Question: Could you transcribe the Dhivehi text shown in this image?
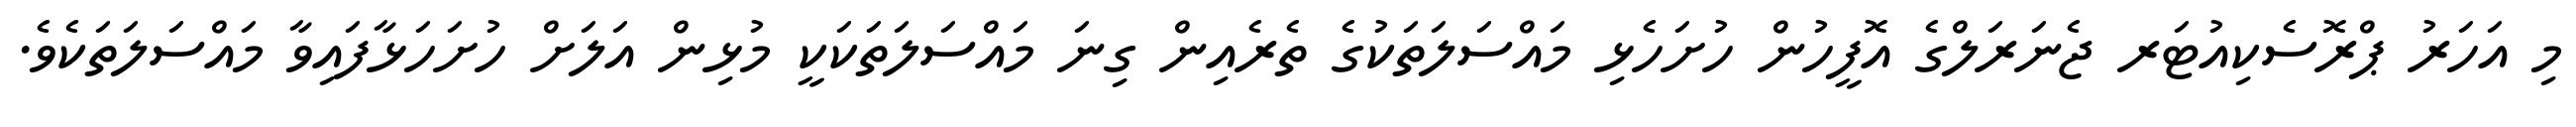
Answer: މި އަހަރު ޕްރޮސެކިއުޓަރ ޖެނަރަލްގެ އޮފީހުން ހުށަހެޅި މައްސަލަތަކުގެ ތެރެއިން ގިނަ މައްސަލަތަކަކީ މުޅިން އަލަށް ހުށަހަޅާފައިވާ މައްސަލަތަކެވެ.